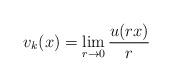
LaTeX: \begin{align*}v_k(x) = \lim_{r\rightarrow 0} \frac{u(r x)}{r}\end{align*}